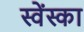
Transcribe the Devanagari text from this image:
स्वेंस्का